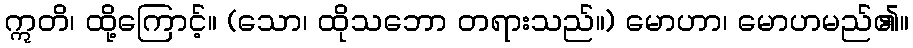
ဣတိ၊ ထို့ကြောင့်။ (သော၊ ထိုသဘော တရားသည်။) မောဟာ၊ မောဟမည်၏။